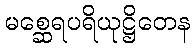
မစ္ဆေရပရိယုဋ္ဌိတေန